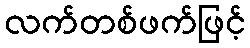
လက်တစ်ဖက်ဖြင့်